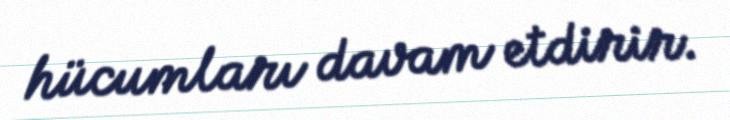
hücumları davam etdirir.